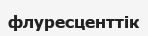
флуресценттік